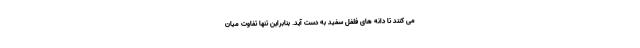
می کنند تا دانه های فلفل سفید به دست آید. بنابراین تنها تفاوت میان